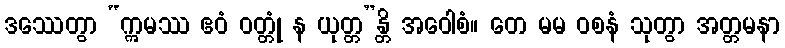
ဒဿေတွာ “ဣမဿ ဧဝံ ဝတ္တုံ န ယုတ္တ”န္တိ အဝေါစံ။ တေ မမ ဝစနံ သုတွာ အတ္တမနာ